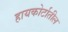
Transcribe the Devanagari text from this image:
हायकोर्टातील